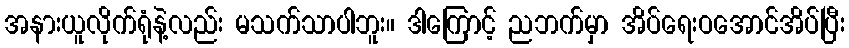
အနားယူလိုက်ရုံနဲ့လည်း မသက်သာပါဘူး။ ဒါကြောင့် ညဘက်မှာ အိပ်ရေးဝအောင်အိပ်ပြီး